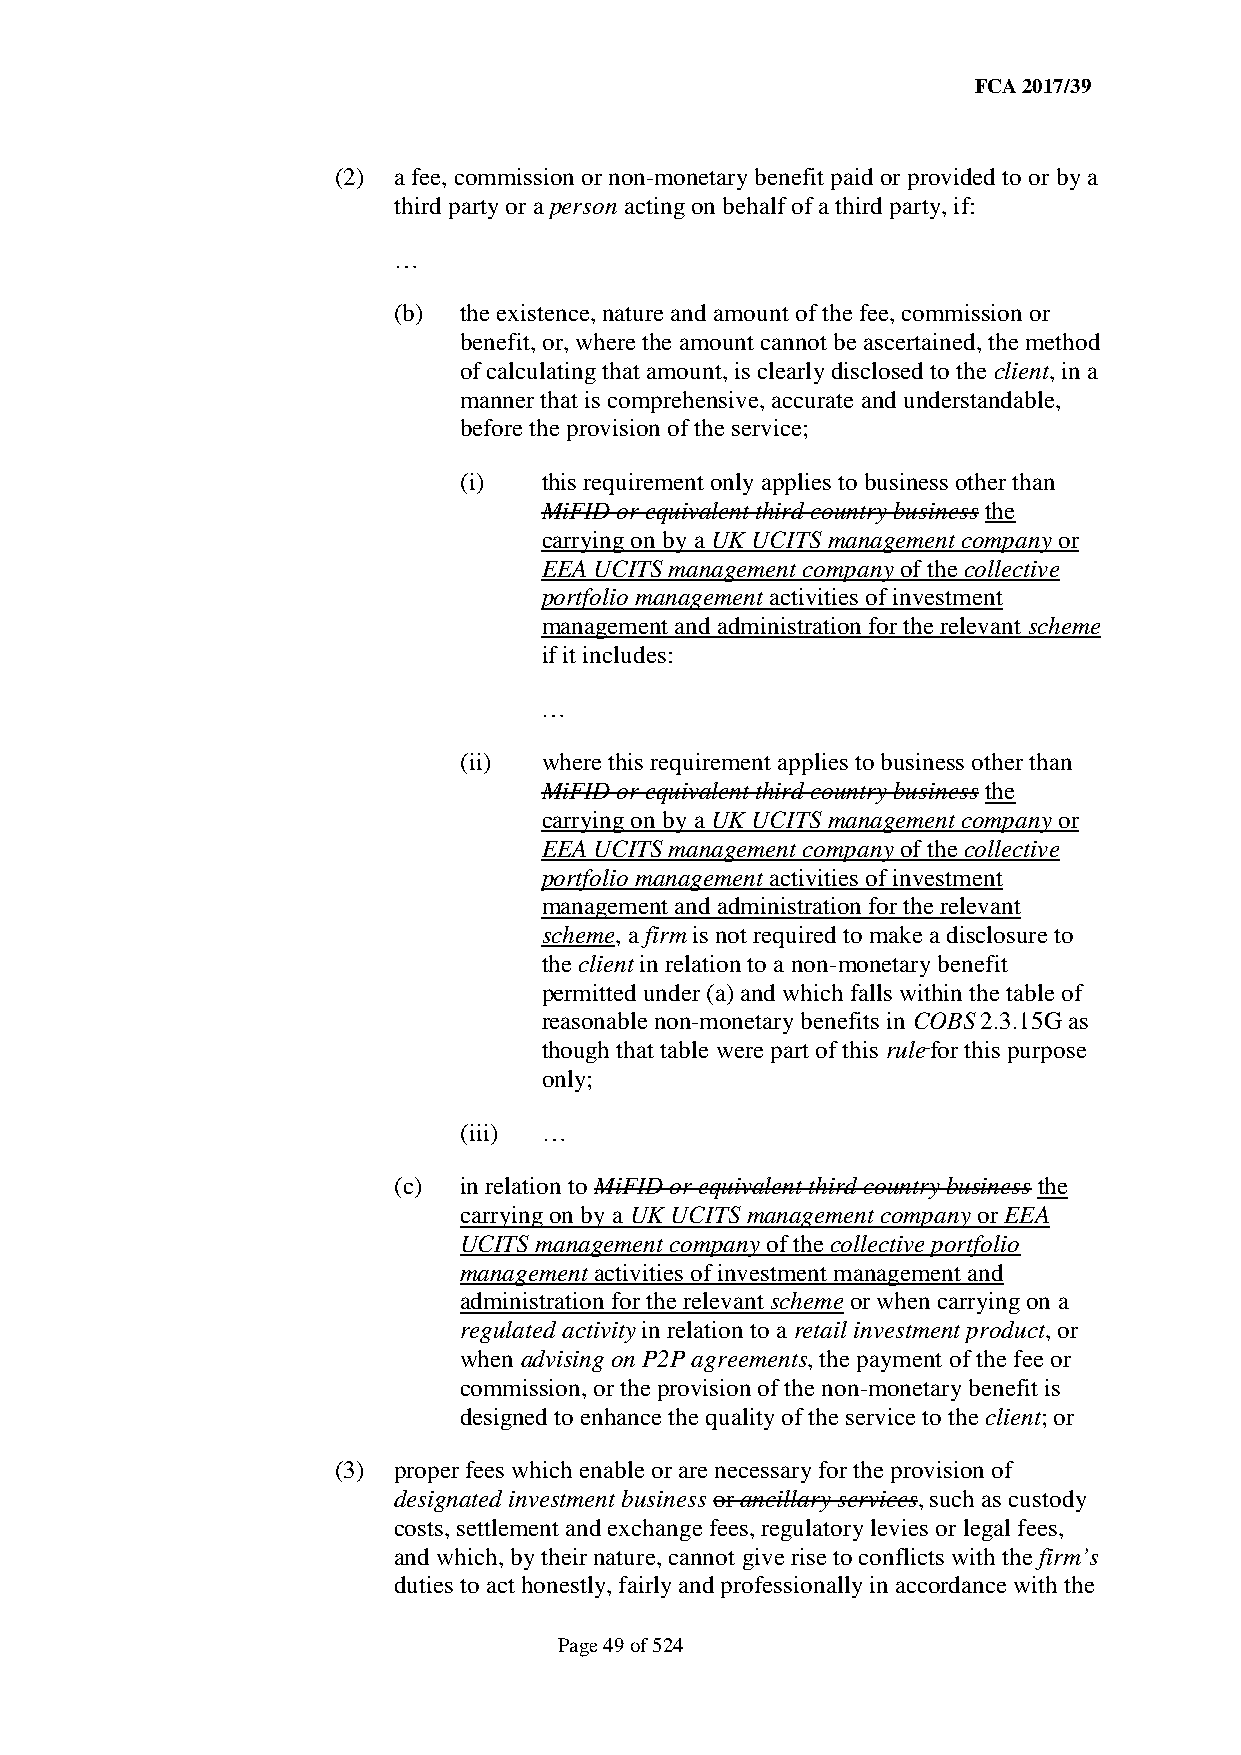
FCA 2017/39
 (2) a fee, commission or non-monetary benefit paid or provided to or by a
 third party or a person acting on behalf of a third party, if:
 …
 (b) the existence, nature and amount of the fee, commission or
 benefit, or, where the amount cannot be ascertained, the method
 of calculating that amount, is clearly disclosed to the client, in a
 manner that is comprehensive, accurate and understandable,
 before the provision of the service;
 (i)   this requirement only applies to business other than
 MiFID or equivalent third country business the
 carrying on by a UK UCITS management company or
 EEA UCITS management company of the collective
 portfolio management activities of investment
 management and administration for the relevant scheme
 if it includes:
 …
 (ii)  where this requirement applies to business other than
 MiFID or equivalent third country business the
 carrying on by a UK UCITS management company or
 EEA UCITS management company of the collective
 portfolio management activities of investment
 management and administration for the relevant
 scheme, a firm is not required to make a disclosure to
 the client in relation to a non-monetary benefit
 permitted under (a) and which falls within the table of
 reasonable non-monetary benefits in COBS 2.3.15G as
 though that table were part of this rule for this purpose
 only;
 (iii) …
 (c) in relation to MiFID or equivalent third country business the
 carrying on by a UK UCITS management company or EEA
 UCITS management company of the collective portfolio
 management activities of investment management and
 administration for the relevant scheme or when carrying on a
 regulated activity in relation to a retail investment product, or
 when advising on P2P agreements, the payment of the fee or
 commission, or the provision of the non-monetary benefit is
 designed to enhance the quality of the service to the client; or
 (3) proper fees which enable or are necessary for the provision of
 designated investment business or ancillary services, such as custody
 costs, settlement and exchange fees, regulatory levies or legal fees,
 and which, by their nature, cannot give rise to conflicts with the firm’s
 duties to act honestly, fairly and professionally in accordance with the
 Page 49 of 524